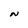
Character: N